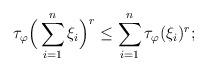
LaTeX: \begin{align*}\tau_{\varphi}\Big(\sum_{i=1}^n\xi_i\Big)^r\le \sum_{i=1}^n\tau_{\varphi}(\xi_i)^r;\end{align*}